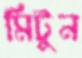
মিটুন